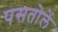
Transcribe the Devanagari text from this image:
पसतोलें